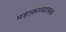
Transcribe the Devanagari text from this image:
महाकाव्‍यात्‍मक